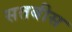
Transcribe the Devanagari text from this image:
सतबीस